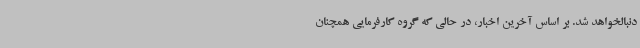
دنبالخواهد شد. بر اساس آخرین اخبار، در حالی که گروه کارفرمایی همچنان